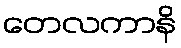
တေလကာနိ